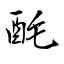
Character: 酕